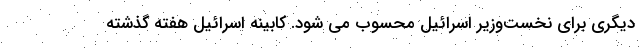
دیگری برای نخست‌وزیر اسرائیل محسوب می شود. کابینه اسرائیل هفته گذشته